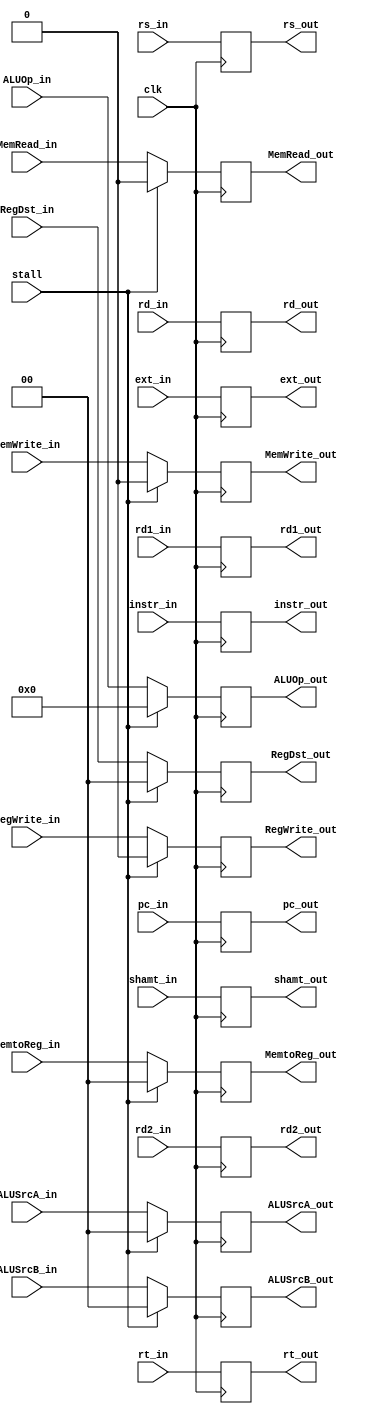
module id_ex(
  input clk,
  input stall,
  /*EX control*/
  input [1:0] RegDst_in,    
  input [4:0] ALUOp_in,
  input [1:0] ALUSrcA_in,
  input [1:0] ALUSrcB_in,
  /*MEM control*/
  input MemRead_in,
  input MemWrite_in,
  /*WB control*/
  input RegWrite_in,
  input [1:0] MemtoReg_in,
  
  input [31:0] rd1_in,
  input [31:0] rd2_in,
  input [31:0] shamt_in,
  input [31:0] ext_in,
  input [4:0] rs_in,
  input [4:0] rt_in,
  input [4:0] rd_in,
  input [31:0] instr_in,
  input [31:0] pc_in,
  
  output reg[1:0] RegDst_out,
  output reg[4:0] ALUOp_out,
  output reg[1:0] ALUSrcA_out,
  output reg[1:0] ALUSrcB_out,
  output reg MemRead_out,
  output reg MemWrite_out,
  output reg RegWrite_out,
  output reg[1:0] MemtoReg_out,
  
  output reg[31:0] rd1_out,
  output reg[31:0] rd2_out,
  output reg[31:0] shamt_out,
  output reg[31:0] ext_out,
  output reg[4:0] rs_out,
  output reg[4:0] rt_out,
  output reg[4:0] rd_out,
  output reg[31:0] instr_out,
  output reg[31:0] pc_out
  );
  
  always@(posedge clk)
  begin
    rd1_out <= rd1_in;
    rd2_out <= rd2_in;
    shamt_out <= shamt_in;
    ext_out <= ext_in;
    rs_out <= rs_in;
    rt_out <= rt_in;
    rd_out <= rd_in;
    instr_out <= instr_in;
    pc_out <= pc_in;
    
    if(stall)
    begin
      RegDst_out <= 0;
      ALUOp_out <= 0;
      ALUSrcA_out <= 0;
      ALUSrcB_out <= 0;
      MemRead_out <= 0;
      MemWrite_out <= 0;
      RegWrite_out <= 0;
      MemtoReg_out <= 0;
    end
    
    else
    begin
      RegDst_out <= RegDst_in;
      ALUOp_out <= ALUOp_in;
      ALUSrcA_out <= ALUSrcA_in;
      ALUSrcB_out <= ALUSrcB_in;
      MemRead_out <= MemRead_in;
      MemWrite_out <= MemWrite_in;
      RegWrite_out <= RegWrite_in;
      MemtoReg_out <= MemtoReg_in;
    end
  end
  
endmodule